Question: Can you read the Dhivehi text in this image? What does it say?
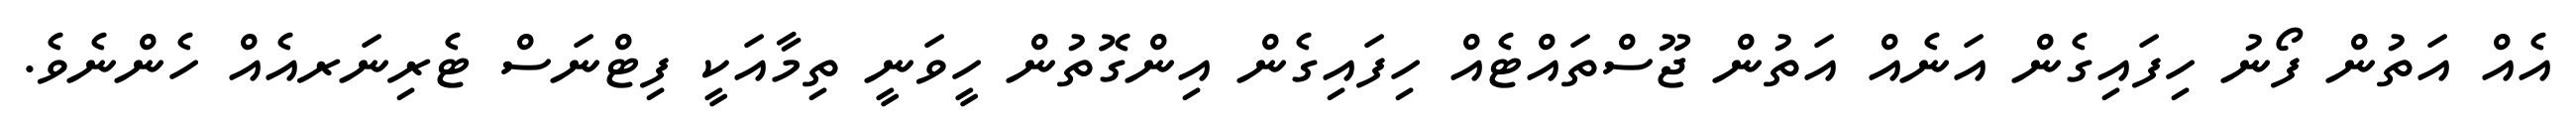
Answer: އެއް އަތުން ފޯނު ހިފައިގެން އަނެއް އަތުން ޖޫސްތައްޓެއް ހިފައިގެން އިންގޮތުން ހީވަނީ ތިމާއަކީ ފިޓްނަސް ޓެރިނަރއެއް ހެންނެވެ.